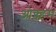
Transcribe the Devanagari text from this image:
ओक्क्हम